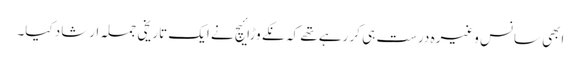
ابھی سانس وغیرہ درست ہی کر رہے تھے کہ نکے وڑائیچ نے ایک تاریخی جملہ ارشاد کیا۔